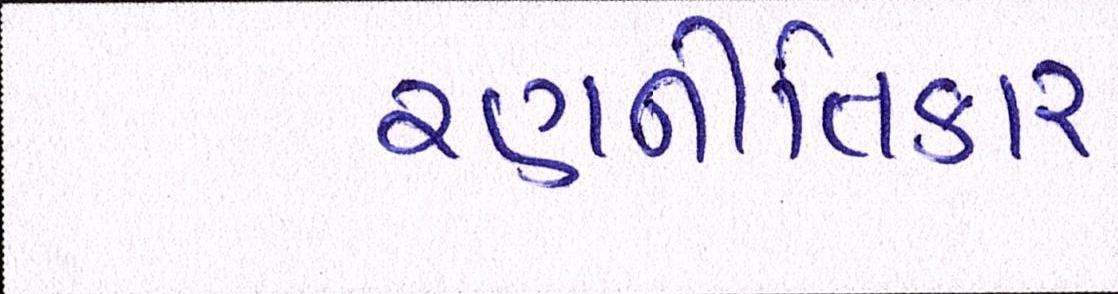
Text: રણનીતિકાર